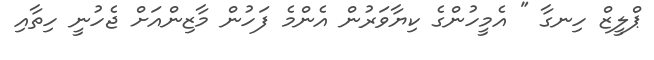
ޕްލީޒް ހިނގާ " އެމީހުންގެ ކިޔާވަރުން އެންމެ ފަހުން މާޒިންއަށް ޖެހުނީ ހިތާއި